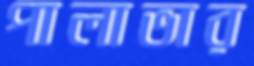
পালাভার